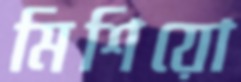
মিশিয়ো